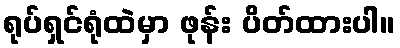
ရုပ်ရှင်ရုံထဲမှာ ဖုန်း ပိတ်ထားပါ။